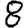
Digit: 8